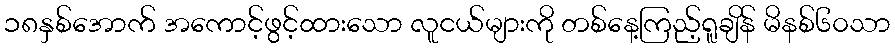
၁၈နှစ်အောက် အကောင့်ဖွင့်ထားသော လူငယ်များကို တစ်နေ့ကြည့်ရူချိန် မိနစ်၆၀သာ